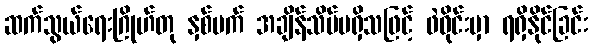
ဆက်သွယ်ရေးဂြိုဟ်တု နှစ်ပက် အချိန်သိပ်မရှိသဖြင့် ဖဲဝိုင်းမှာ ရရှိနိုင်ခြင်း